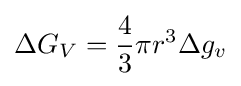
\Delta G_{V}={\frac {4}{3}}\pi r^{3}\Delta g_{v}